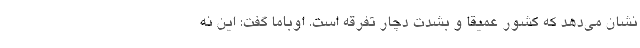
نشان می‌دهد که کشور عمیقا و بشدت دچار تفرقه است. اوباما گفت: این نه